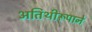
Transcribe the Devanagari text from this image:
अतिथीरूपाने